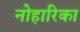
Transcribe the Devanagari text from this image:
नोहारिका